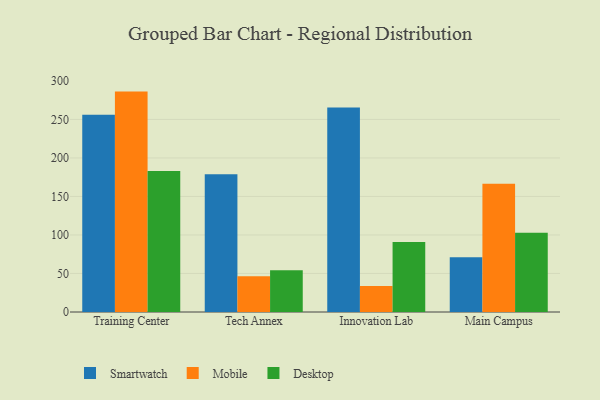
{"axis": {"x": "Campus", "y": "Population (Million)"}, "legend": ["Desktop", "Mobile", "Smartwatch"], "data": [{"x": "Training Center", "y": 256.1, "type": "Smartwatch"}, {"x": "Training Center", "y": 286.1, "type": "Mobile"}, {"x": "Training Center", "y": 183.1, "type": "Desktop"}, {"x": "Tech Annex", "y": 178.7, "type": "Smartwatch"}, {"x": "Tech Annex", "y": 46.4, "type": "Mobile"}, {"x": "Tech Annex", "y": 54.2, "type": "Desktop"}, {"x": "Innovation Lab", "y": 265.5, "type": "Smartwatch"}, {"x": "Innovation Lab", "y": 33.7, "type": "Mobile"}, {"x": "Innovation Lab", "y": 91.0, "type": "Desktop"}, {"x": "Main Campus", "y": 71.0, "type": "Smartwatch"}, {"x": "Main Campus", "y": 166.4, "type": "Mobile"}, {"x": "Main Campus", "y": 102.8, "type": "Desktop"}]}